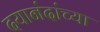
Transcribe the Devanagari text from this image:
दयानंदांच्या